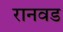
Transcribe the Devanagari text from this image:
रानवड